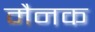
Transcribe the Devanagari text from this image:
मैनक